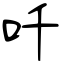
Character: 吀